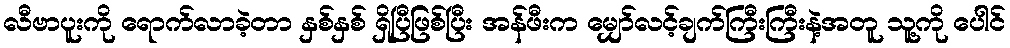
လီဗာပူးကို ရောက်လာခဲ့တာ နှစ်နှစ် ရှိပြီဖြစ်ပြီး အန်ဖီးက မျှော်လင့်ချက်ကြီးကြီးနဲ့အတူ သူ့ကို ပေါင်